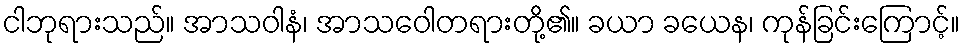
ငါဘုရားသည်။ အာသဝါနံ၊ အာသဝေါတရားတို့၏။ ခယာ ခယေန၊ ကုန်ခြင်းကြောင့်။